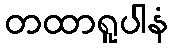
တထာရူပါနံ